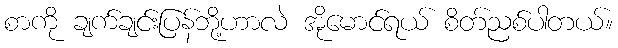
စာကို ချက်ချင်းပြန်ဘို့ဟာလဲ အိုမောင်ရယ် စိတ်ညစ်ပါတယ်။